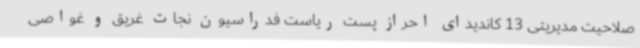
صلاحیت مدیریتی 13 کاندیدای احراز پست ریاست فدراسیون نجات غریق و غواصی